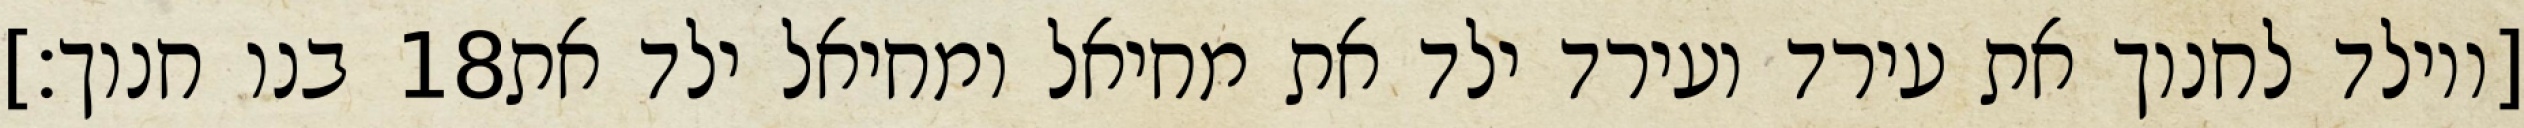
בנו חנוך׃] ‎18‏ [ויולד לחנוך את עירד ועירד ילד את מחיאל ומחיאל ילד את